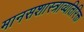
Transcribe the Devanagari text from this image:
मानसशास्त्राव्यतिरिक्त